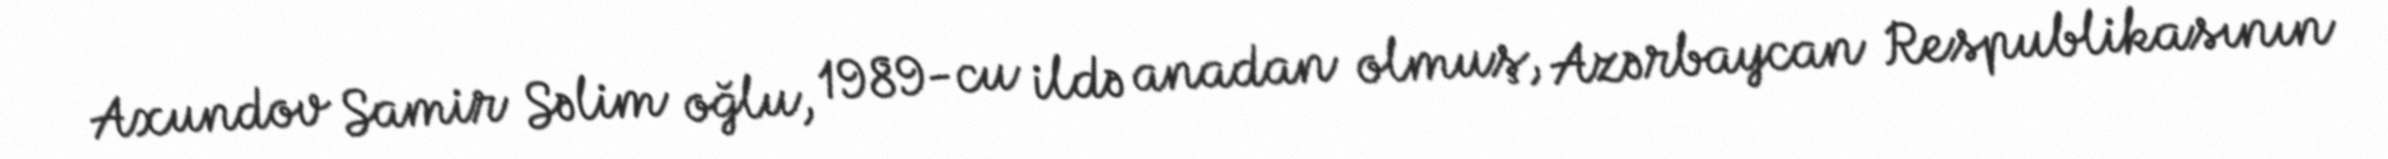
Axundov Samir Səlim oğlu, 1989-cu ildə anadan olmuş, Azərbaycan Respublikasının